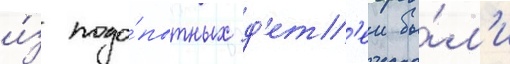
и́з подо́пытных д'ет'еи бы́л'и